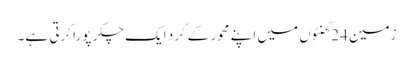
زمین 24گھنٹوں میں اپنے محور کے گرد ایک چکر پورا کرتی ہے۔